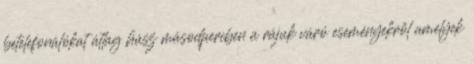
betelefonálókat átlag húsz másodpercben a rájuk váró eseményekről amelyek